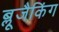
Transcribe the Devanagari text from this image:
ब्लूजैकिंग